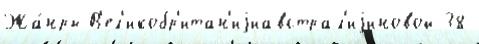
Жа́нры В'ел'икобр'итан'иjиавстрал'иjиновой 38